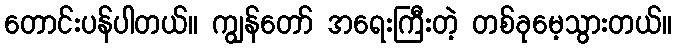
တောင်းပန်ပါတယ်။ ကျွန်တော် အရေးကြီးတဲ့ တစ်ခုမေ့သွားတယ်။